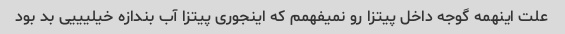
علت اینهمه گوجه داخل پیتزا رو نمیفهمم که اینجوری پیتزا آب بندازه خیلیییی بد بود